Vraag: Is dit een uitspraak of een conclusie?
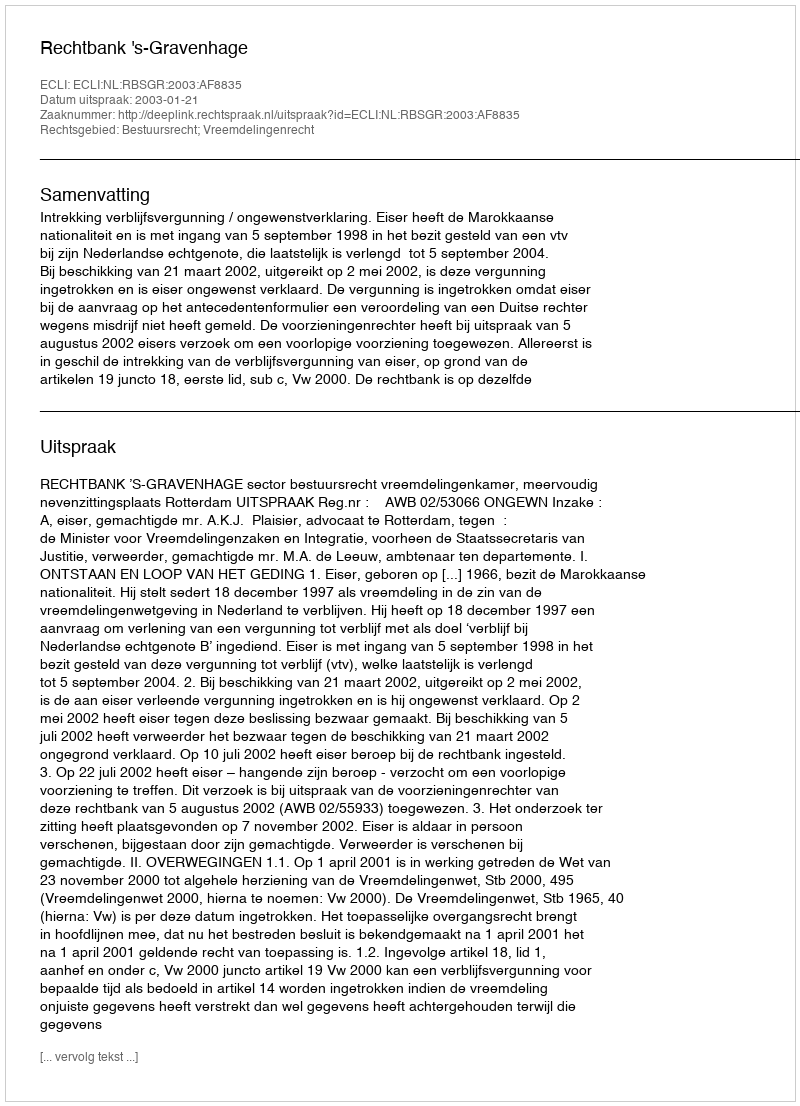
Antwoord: Uitspraak